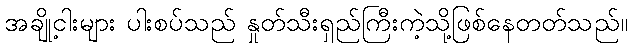
အချို့ငါးများ ပါးစပ်သည် နှုတ်သီးရှည်ကြီးကဲ့သို့ဖြစ်နေတတ်သည်။